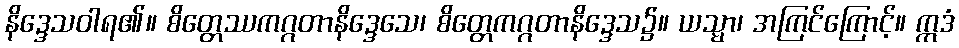
နိဒ္ဒေသဝါရ၏။ စိတ္တေဿကဂ္ဂတာနိဒ္ဒေသေ၊ စိတ္တေကဂ္ဂတာနိဒ္ဒေသ၌။ ယသ္မာ၊ အကြင်ကြောင့်။ ဣဒံ